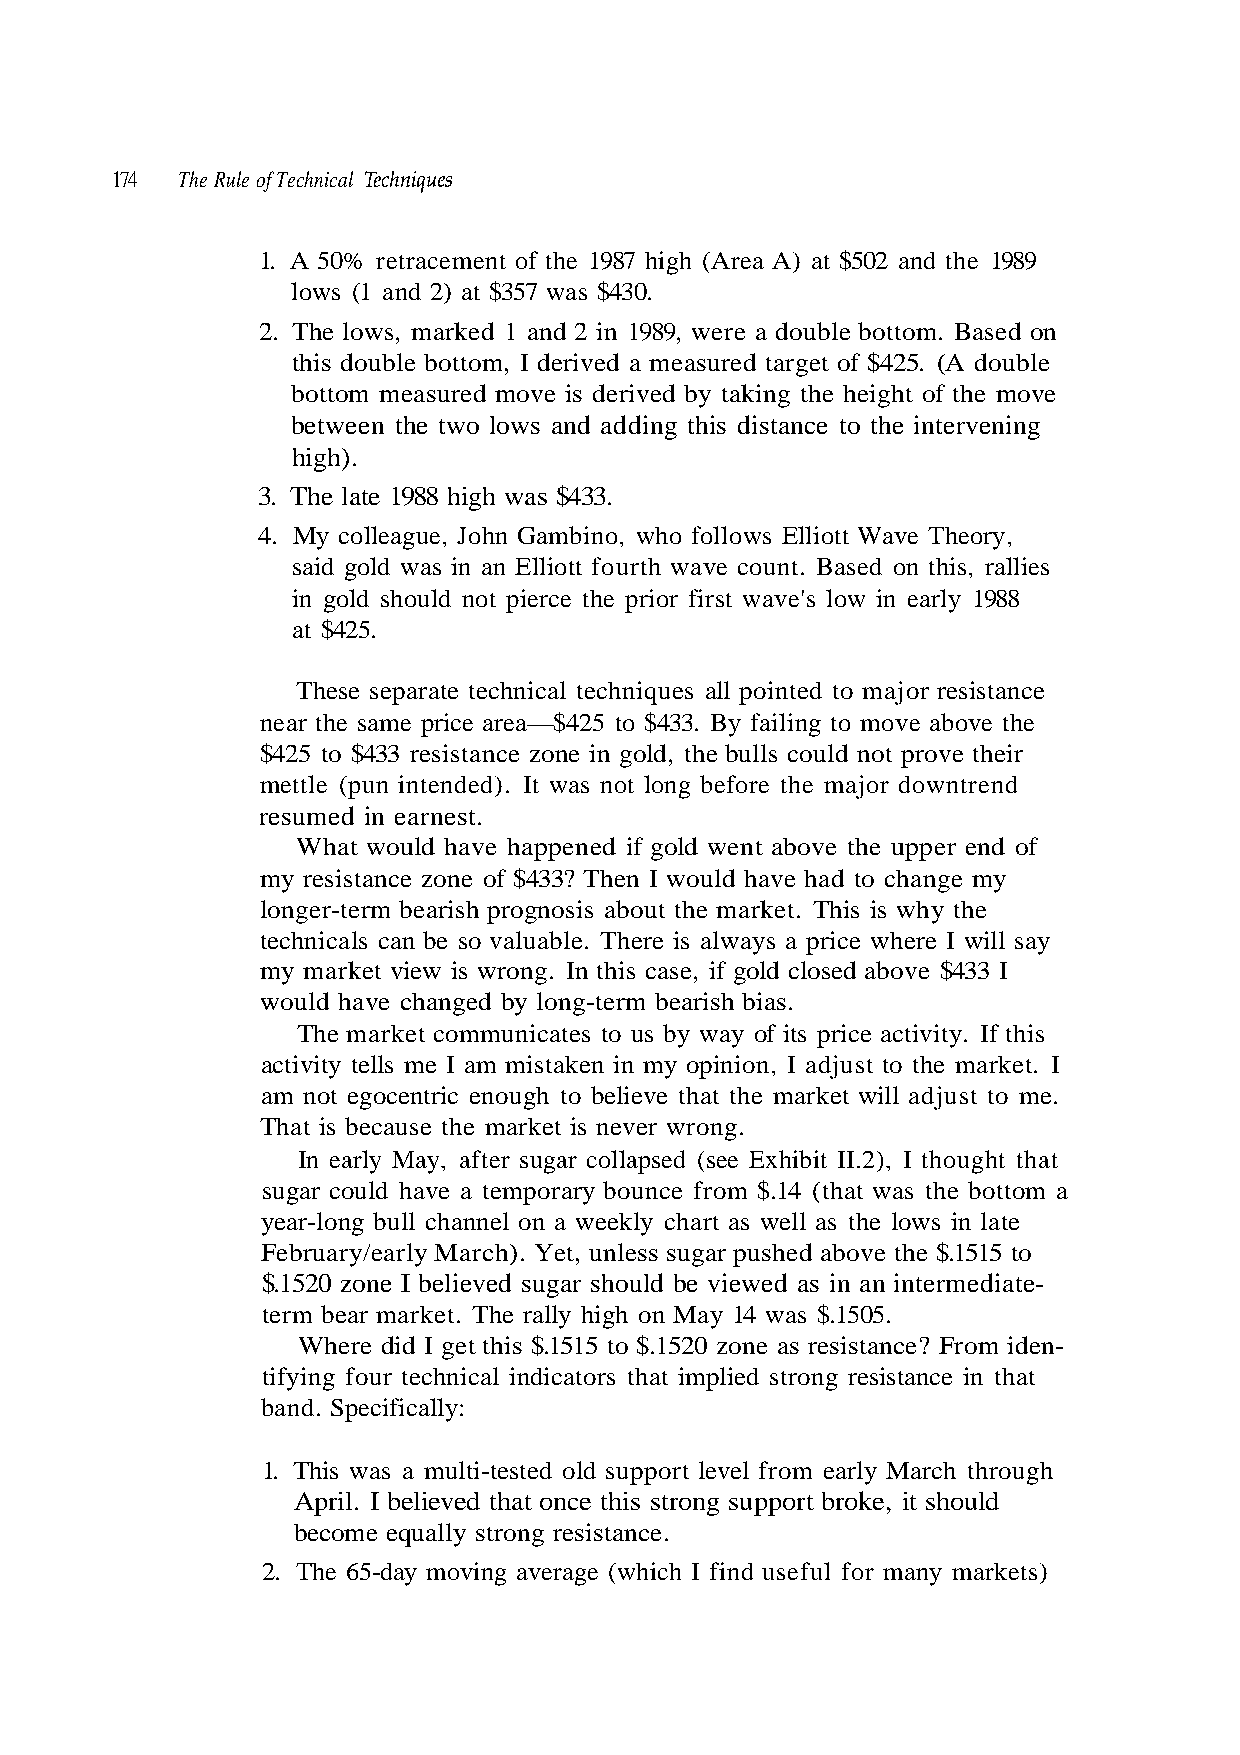
Techniques
 1. A 50% retracement of the 1987 high (Area A) at $502 and the 1989
 2. The lows, marked 1 and 2 in 1989, were a double bottom. Based on
 this double bottom, I derived a measured target of $425. (A double
 between the two lows and adding this distance to the intervening
 high).
 3. The late 1988 high was $433.
 said gold was in an Elliott fourth wave count. Based on this, rallies
 at $425.
 These separate technical techniques all pointed to major resistance
 near the same price area—$425 to $433. By failing to move above the
 resumed in earnest.
 What would have happened if gold went above the upper end of
 my resistance zone of $433? Then I would have had to change my
 longer-term bearish prognosis about the market. This is why the
 technicals can be so valuable. There is always a price where I will say
 am not egocentric enough to believe that the market will adjust to me.
 That is because the market is never wrong.
 In early May, after sugar collapsed (see Exhibit II.2), I thought that
 sugar could have a temporary bounce from $.14 (that was the bottom a
 $.1520 zone I believed sugar should be viewed as in an intermediate-
 tifying four technical indicators that implied strong resistance in that
 band. Specifically:
 1. This was a multi-tested old support level from early March through
 April. I believed that once this strong support broke, it should
 2. The 65-day moving average (which I find useful for many markets)
 e
 n-
 t a
 e
 l
 d
 n
 i
 i
 m
 s
 o
 w
 r
 o
 F
 l
 ?
 e h
 e c
 t
 n
 s
 a
 a
 t s
 ell
 si
 w
 e r
 s
 s
 a
 a
 t
 e
 r a
 n
 h
 o
 c
 z
 s.
 y
 0
 move
 prove their
 rish bia
 y. If this
 weekl
 $.152
 174 The Rule of Technical
 lows (1 and 2) at $357 was $430.
 bottom measured move is derived by taking the height of the
 4. My colleague, John Gambino, who follows Elliott Wave Theory,
 in gold should not pierce the prior first wave's low in early 1988
 $425 to $433 resistance zone in gold, the bulls could not
 mettle (pun intended). It was not long before the major downtrend
 my market view is wrong. In this case, if gold closed above $433 I
 would have changed by long-term bea
 The market communicates to us by way of its price activit
 activity tells me I am mistaken in my opinion, I adjust to the market. I
 year-long bull channel on a
 February/early March). Yet, unless sugar pushed above the $.1515 to
 term bear market. The rally high on May 14 was $.1505.
 Where did I get this $.1515 to
 become equally strong resistance.